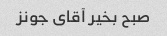
صبح بخیر آقای جونز